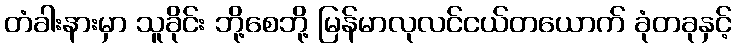
တံခါးနားမှာ သူခိုင်း ဘို့စေဘို့ မြန်မာလုလင်ငယ်တယောက် ခုံတခုနှင့်